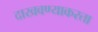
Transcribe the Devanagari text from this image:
दाखवण्याकरता